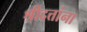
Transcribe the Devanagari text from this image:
श्रीदत्तांना